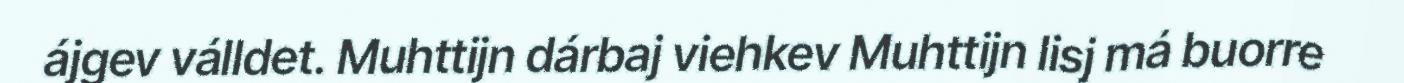
ájgev válldet. Muhttijn dárbaj viehkev Muhttijn lisj má buorre